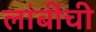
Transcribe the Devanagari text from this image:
लांबींची